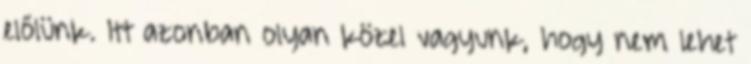
előlünk. Itt azonban olyan közel vagyunk, hogy nem lehet